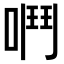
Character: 𫫅